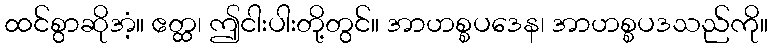
ထင်စွာဆိုအံ့။ ဧတ္ထ၊ ဤငါးပါးတို့တွင်။ အာဟစ္စပဒေန၊ အာဟစ္စပဒသည်ကို။